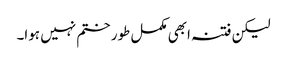
لیکن فتنہ ابھی مکمل طور ختم نہیں ہوا۔